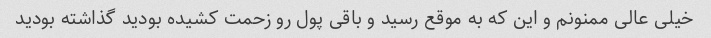
خیلی عالی ممنونم و این که به موقع رسید و باقی پول رو زحمت کشیده بودید گذاشته بودید